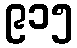
၉၁၅